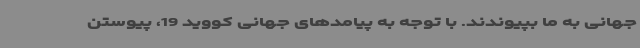
جهانی به ما بپیوندند. با توجه به پیامدهای جهانی کووید 19، پیوستن